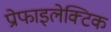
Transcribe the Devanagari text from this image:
प्रोफाइलेक्टिक